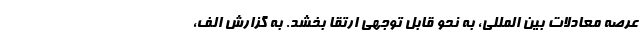
عرصه معادلات بین المللی، به نحو قابل توجهی ارتقا بخشد. به گزارش الف،